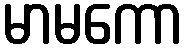
မာမကော